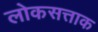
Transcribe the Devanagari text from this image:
लोकसत्ताक